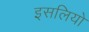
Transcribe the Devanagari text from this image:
इसलियो